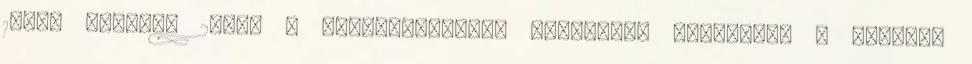
1860. március 24-én a Szárd–Piemonti Királyság lemondott a Savoyai